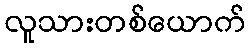
လူသားတစ်ယောက်